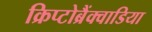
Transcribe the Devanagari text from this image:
क्रिप्टोब्रैंक्वाडिया